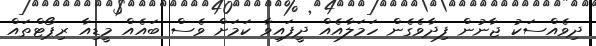
ދިވެއްސަކު ޖާނުން ފިދާވެގެން ހަމަލާއެއް ދީފައިވާ ކަމަށް ވެސް ބައެއް މީޑިއާ ރިޕޯޓްތައް